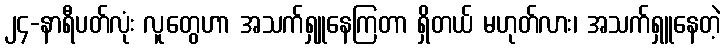
၂၄-နာရီပတ်လုံး လူတွေဟာ အသက်ရှူနေကြတာ ရှိတယ် မဟုတ်လား၊ အသက်ရှူနေတဲ့